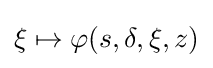
\xi \mapsto \varphi (s,\delta ,\xi ,z)